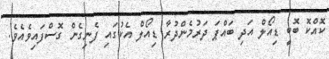
ކޮއްކޮ ބޮބީ ޑިއޯލް އަދި ބައްޕަ ދަރުމެންދުރާ ޑިއޯލް އެކުގައި ފެނިގެން ގޮސްފައިވެއެވެ.